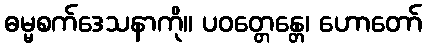
ဓမ္မစက်ဒေသနာကို။ ပဝတ္တေန္တေ၊ ဟောတော်